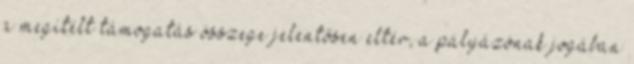
a megítélt támogatás összege jelentősen eltér, a pályázónak jogában